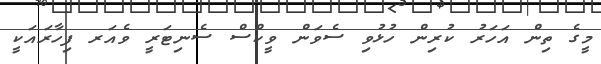
މީގެ ތިން އަހަރު ކުރިން ހުޅުވި ސެވަން ވީކްސް ސެނިޓަރީ ވެއަރ ފިހާރައަކީ